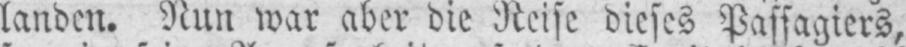
landen. Nun war aber die Reise dieses Passagiers,